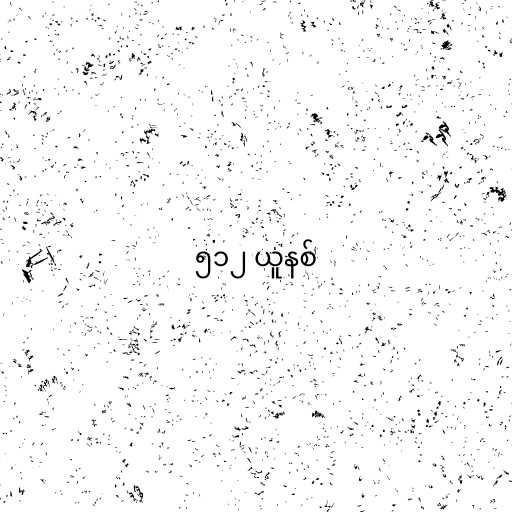
၅၁၂ ယူနစ်